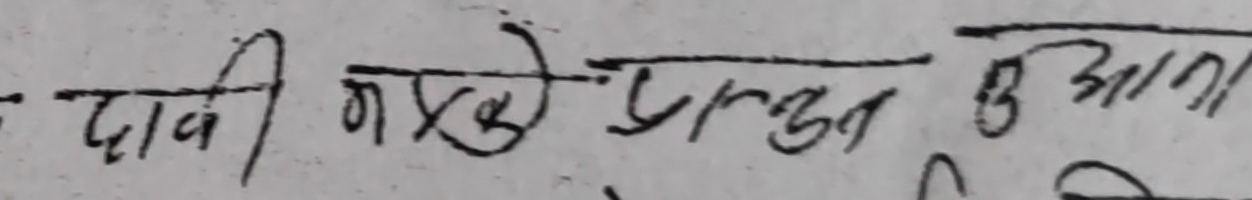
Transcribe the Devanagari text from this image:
दाबी नम्ने प्रस्तुत आल्ना